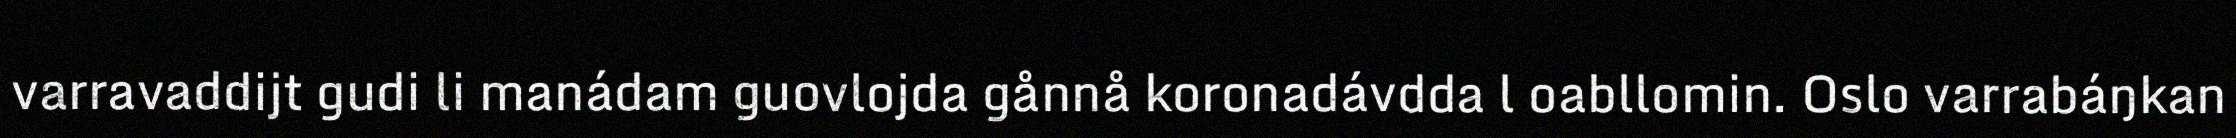
varravaddijt gudi li manádam guovlojda gånnå koronadávdda l oabllomin. Oslo varrabáŋkan